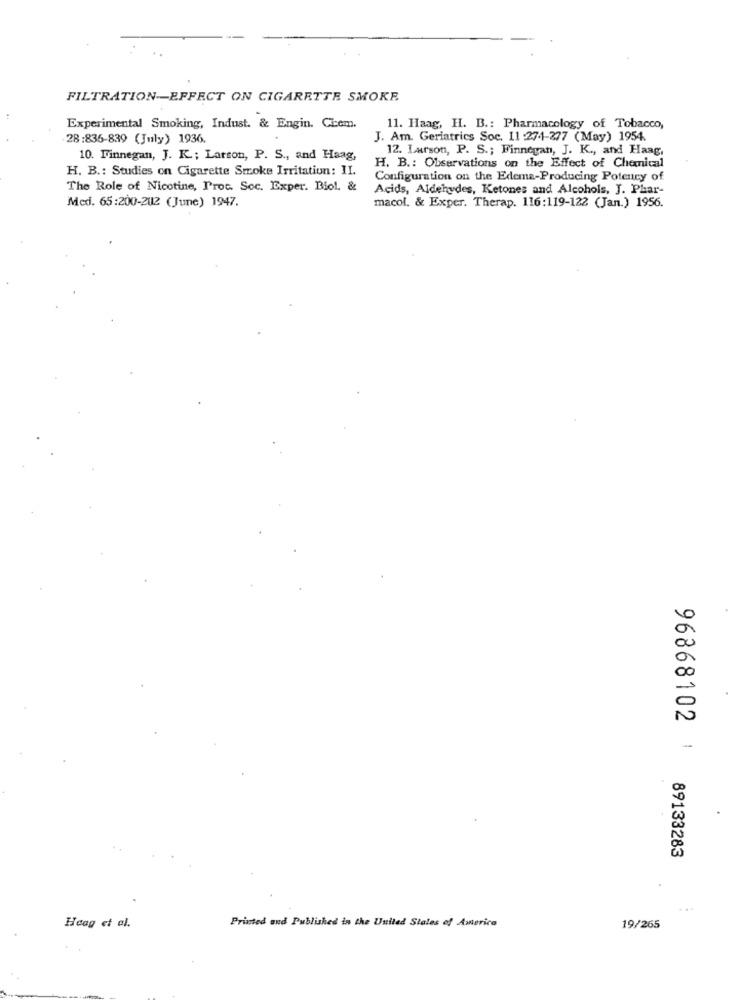
FILTRATION-EFFECT ON CIGARETTE SMOKE
Experimental Smoking, Indust. & Engin. Cicem.
11. Haag, H. B .: Pharmacology of Tobacco,
28:836-839 (July) 1936.
J. Am. Geriatrics Soc. 11 :274-277 (May) 1954.
12. Larson, P. S .; Finnegan, J. K ., and Haag,
10. Finnegan, J. K .; Larson, P. S ., and Haag,
H. B .: Studies on Cigarette Smoke Irritation: II.
H. B .: Observations on the Effect of Chemical
Configuration on the Edema-Producing Potency of
The Role of Nicotine, Prot. Soc. Exper. Biol. &
Acids, Aldehydes, Ketones and Alcohols, J. Phar-
Med. 65:200-202 (June) 1947.
macol. & Exper. Therap. 116:119-122 (Jan.) 1956.
96868102
89133283
Printed and Published in the United States of America
Hoag et al.
19/265